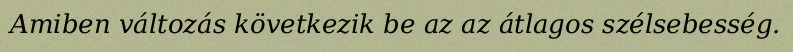
Amiben változás következik be az az átlagos szélsebesség.